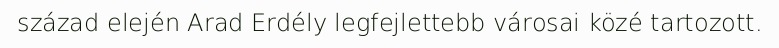
század elején Arad Erdély legfejlettebb városai közé tartozott.